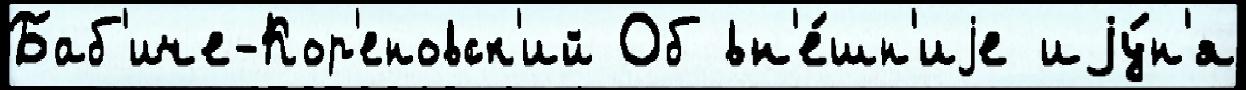
Баб'иче-Кор'еновск'ий Об вн'е́шн'иjе иjу́н'я